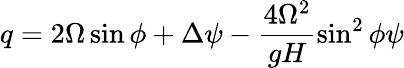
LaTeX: q=2\Omega\sin\phi+\Delta\psi-\frac{4\Omega^{2}}{gH}\sin^{2}\phi\psi